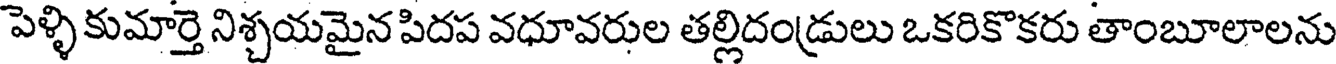
పెళ్ళి కుమార్తె నిశ్చయమైన పిదప వధూవరుల తల్లిదండ్రులు ఒకరికొకరు తాంబూలాలను